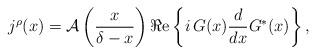
LaTeX: \begin{align*}j^{\rho }(x) ={\cal A}\left(\frac{x}{\delta-x}\right)\Re \mbox{e}\left\{i\,G(x)\frac{d}{dx}G^{\ast }(x)\right\},\end{align*}